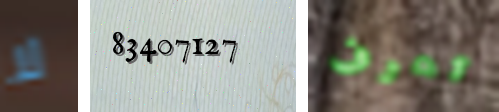
لا 83407127 تعرف